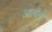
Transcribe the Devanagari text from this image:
आत्मनो